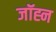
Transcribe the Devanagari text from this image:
जॉह्न